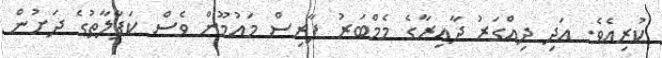
ކުރިއެވެ. އަދި ދިއްގަރު ދާއިރާގެ މެމްބަރު ފާރިސް މައުމޫން ވެސް ކަފާލާތުގެ ދަށުން